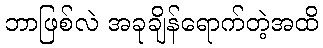
ဘာဖြစ်လဲ အခုချိန်ရောက်တဲ့အထိ